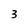
Character: 3